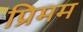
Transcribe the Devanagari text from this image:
प्रिमम